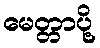
မေတ္တာပို့